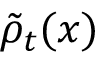
\tilde { \rho } _ { t } ( x )